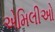
એમિલીઓ